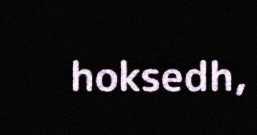
hoksedh,